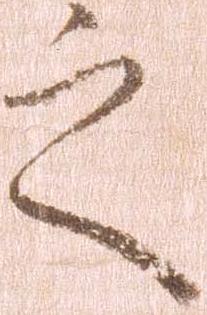
之